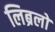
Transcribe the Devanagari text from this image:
लिब्रलों